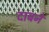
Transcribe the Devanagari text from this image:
दाबने